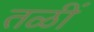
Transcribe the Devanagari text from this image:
तळीं